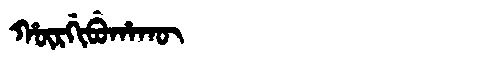
Manchu: ᡥᡡᡵᡤᡳᠪᡠᡥᠠᡴᡡ
Romanization: HŪRGIBUHAKŪ